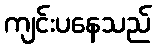
ကျင်းပနေသည်